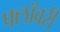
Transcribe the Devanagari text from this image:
फ्लॉवरी